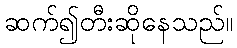
ဆက်၍တီးဆိုနေသည်။